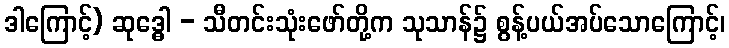
ဒါကြောင့်) ဆုဒ္ဓေါ - သီတင်းသုံးဖော်တို့က သုသာန်၌ စွန့်ပယ်အပ်သောကြောင့်၊